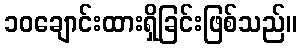
၁၀ချောင်းထားရှိခြင်းဖြစ်သည်။